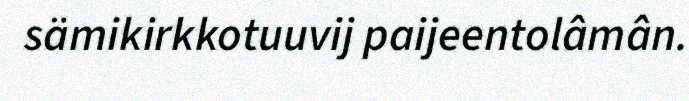
sämikirkkotuuvij paijeentolâmân.